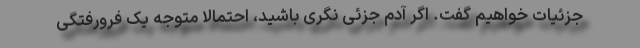
جزئیات خواهیم گفت. اگر آدم جزئی نگری باشید، احتمالاً متوجه یک فرورفتگی